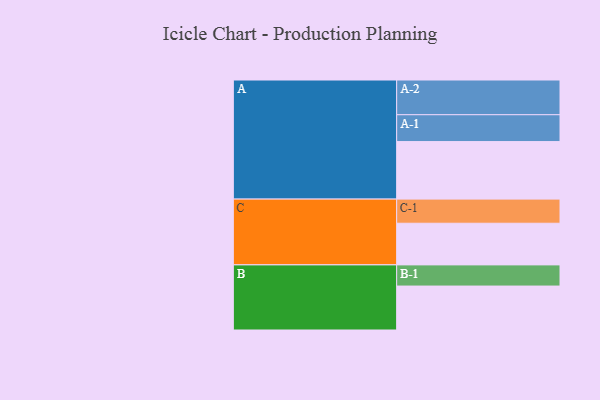
{"axis": {"x": "Segment", "y": "Value"}, "legend": ["", "A", "B", "C"], "data": [{"x": "A", "y": 424, "type": ""}, {"x": "B", "y": 324, "type": ""}, {"x": "C", "y": 307, "type": ""}, {"x": "A-1", "y": 198, "type": "A"}, {"x": "A-2", "y": 256, "type": "A"}, {"x": "B-1", "y": 156, "type": "B"}, {"x": "C-1", "y": 178, "type": "C"}]}